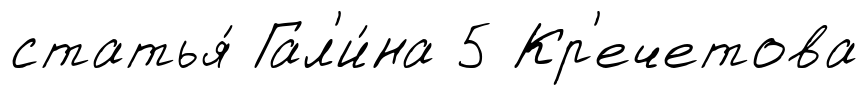
статья́ Гал'и́на 5 Кр'ечетова